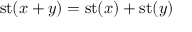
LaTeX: \operatorname { s t } ( x + y ) = \operatorname { s t } ( x ) + \operatorname { s t } ( y )